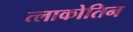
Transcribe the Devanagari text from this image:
त्लाकोतिन